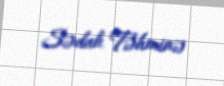
Sədalı Təhminə